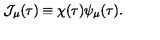
{ \cal J } _ { \mu } ( \tau ) \equiv \chi ( \tau ) \psi _ { \mu } ( \tau ) .